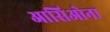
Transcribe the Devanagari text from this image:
आसिओना